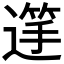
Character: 𮞺